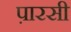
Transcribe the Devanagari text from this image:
प़ारसी